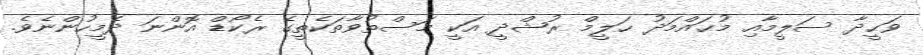
ވަޙީދާ ސަލީމާއި މުޙައްމަދު ޙަލީމް ރުޝްދީ އަކީ މަސްތުވާތަކެތީގެ ރެކޯޑް އޮންނަ ދެމީހުންނެވެ.